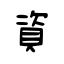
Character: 資